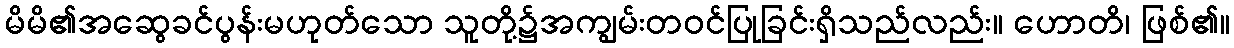
မိမိ၏အဆွေခင်ပွန်းမဟုတ်သော သူတို့၌အကျွမ်းတဝင်ပြုခြင်းရှိသည်လည်း။ ဟောတိ၊ ဖြစ်၏။